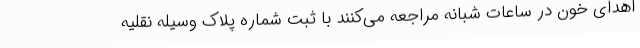
اهدای خون در ساعات شبانه مراجعه می‌کنند با ثبت شماره پلاک وسیله نقلیه